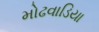
મોઢવાડિયા